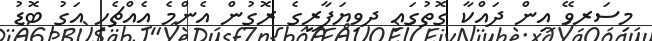
މިސަރވޭ އިން ދައްކާ ގޮތުގައި ދވިޔަފާރީގެ ރޮގުން އެންމެ އެއްޗެހި އަގު ބޮޑު